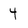
Character: 4